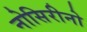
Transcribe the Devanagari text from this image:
नोसिरीनो